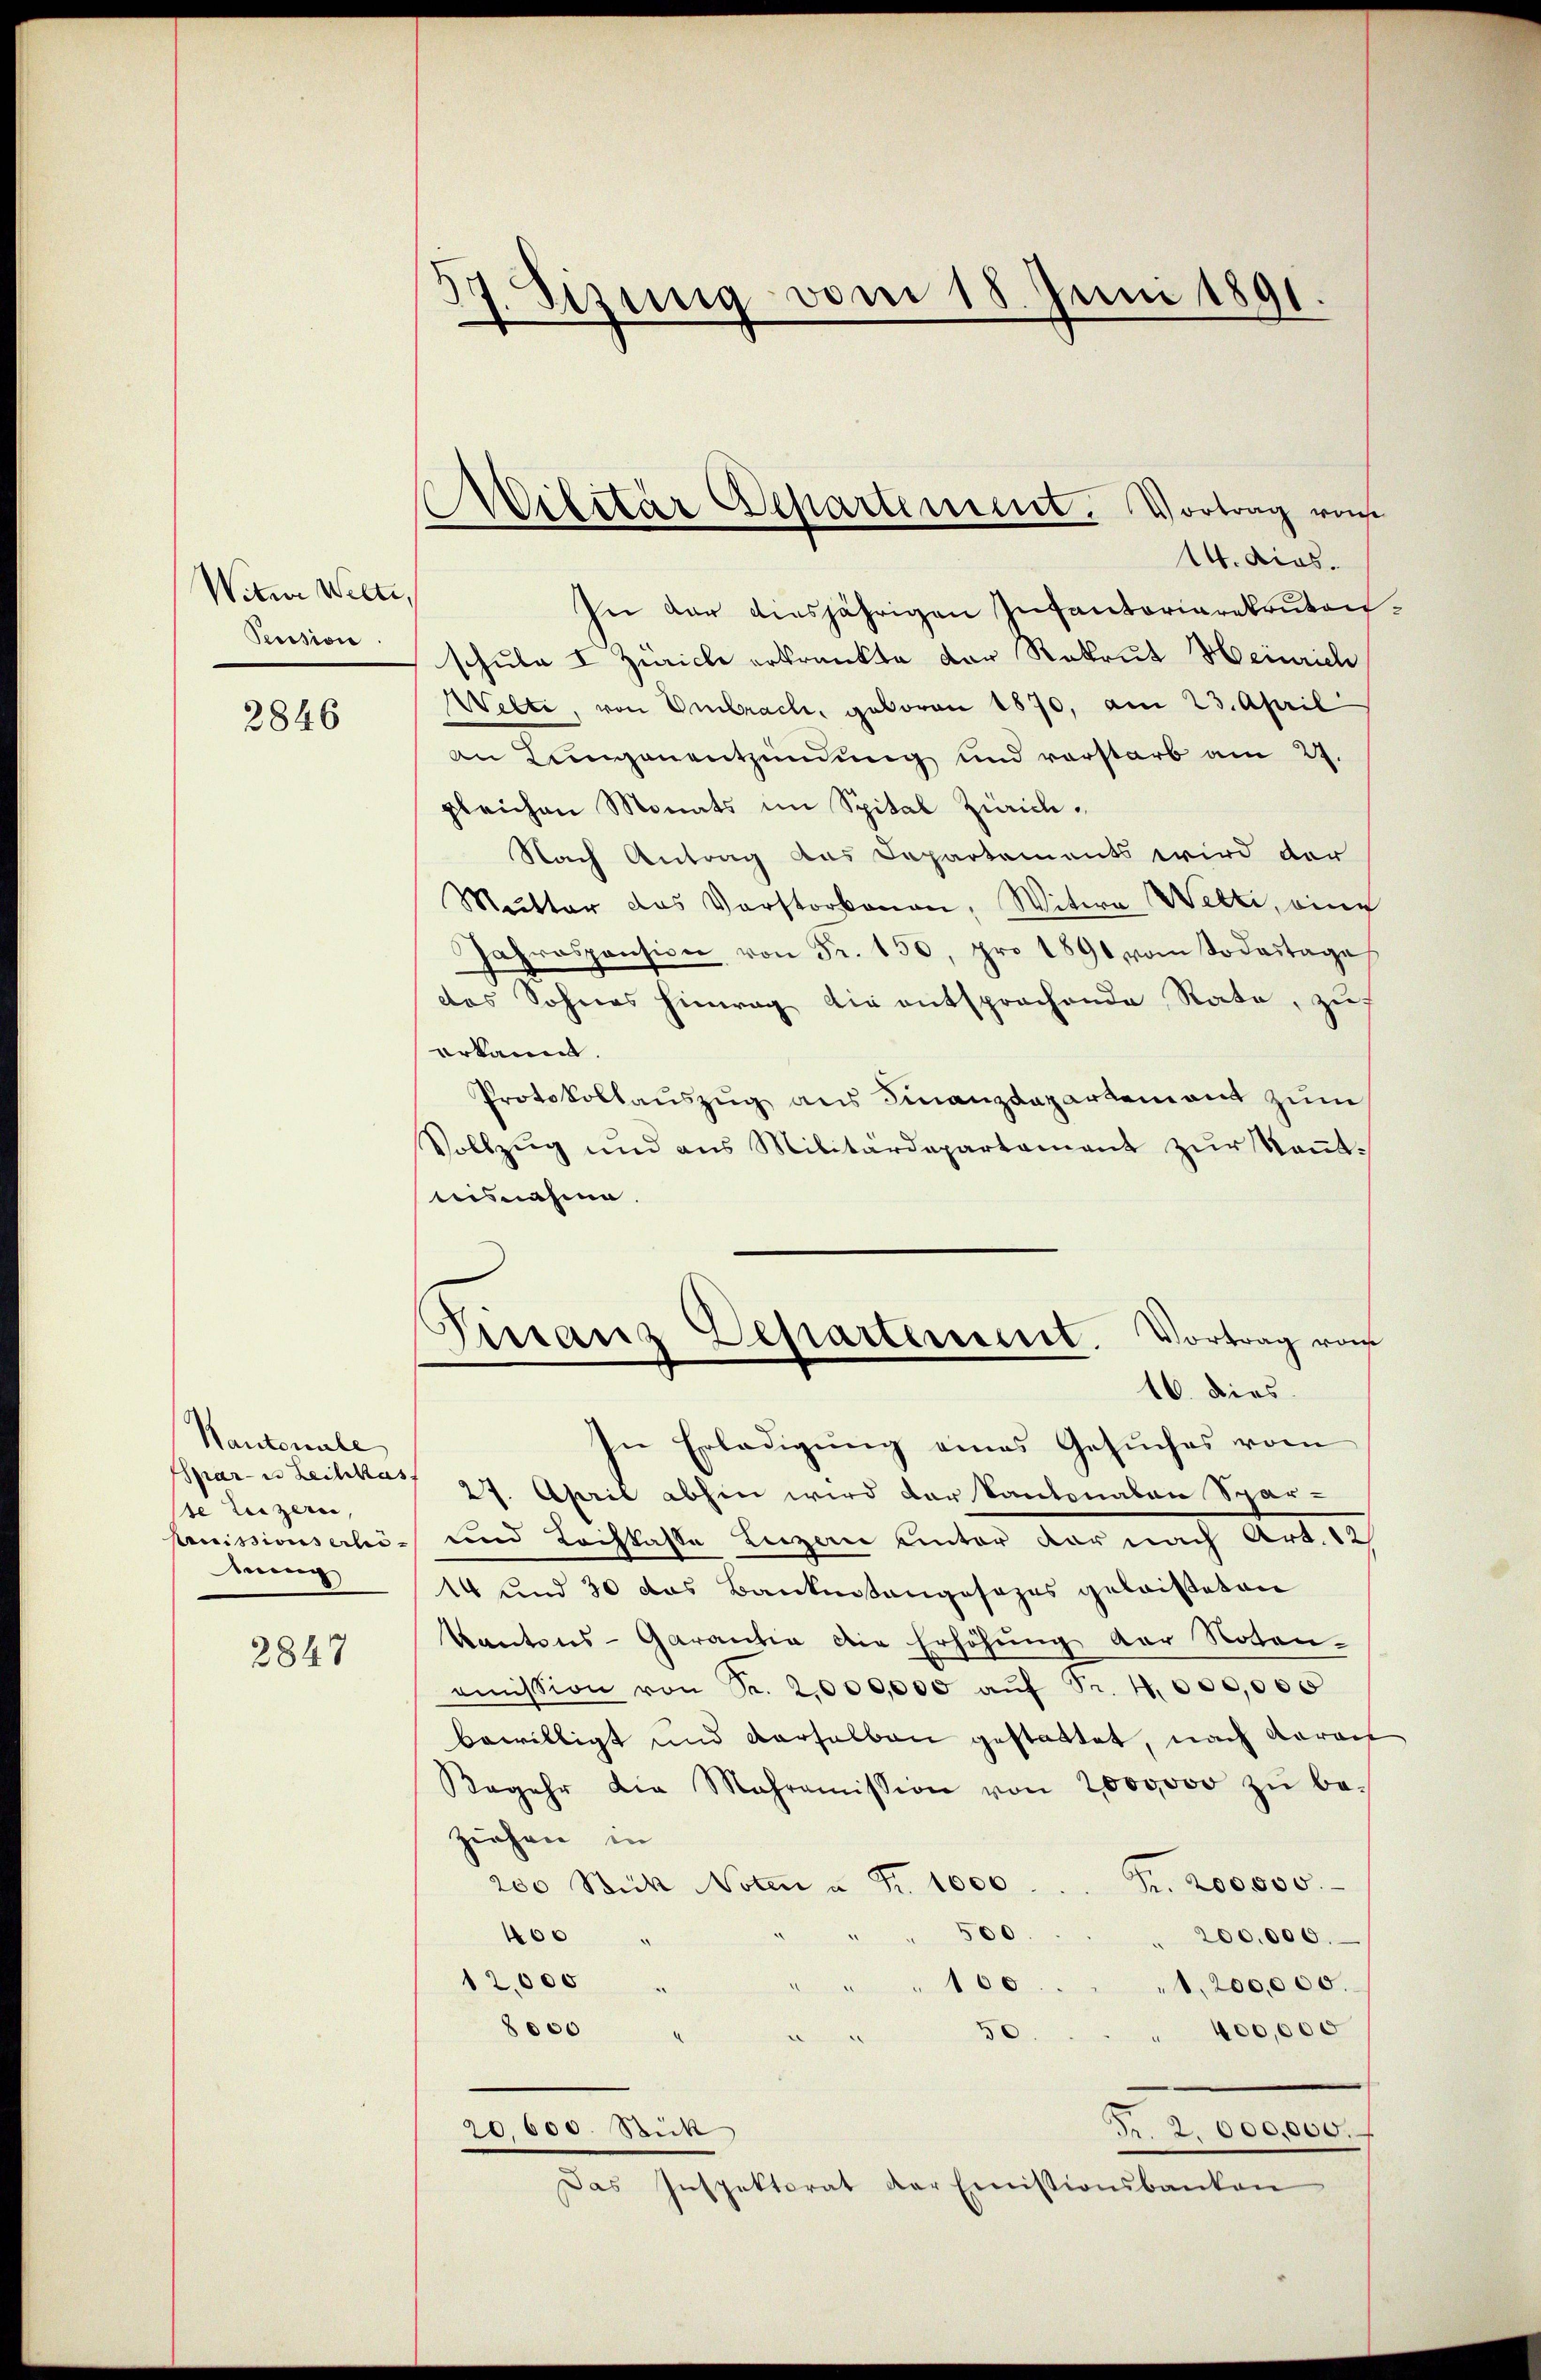
Witwe Welte,
Peussion.

2846

Wantonale
te Luzern,
hnung

2847

37. Sizung vom 18. Juni 1891.

D
Pilitär Separtement. Vortrag ruh

Pistanz Departement. Vortrag von
16. dies

14. dies.
In der diesjährigen Infantariarekruten
schule I Zürich erkrankte der Rekrut Heinrich
Webte, von Embrach, geboren 1870, am 23. April
an Lungenentzündung und vorstarb am 27.
gleichen Monats im Spital Zürich¬
Nach Antrag das Departements wird der
Mutter das Vorstorbenen, Witwe Wetti, eine
Jahrespension von Fr. 150, pro 1891 vom Sodartage
das Sohnes hinweg die entsprochende Rate, zu
erkannt.
Protokollauszug aus Finanzdepartement zum
Vollzug und aus Militärdepartement zur Kenntnisnahme.
In Erledigung eines Gesuches vom
Epar- u Leihkas 27. April abhin wird der Kantonalen Spar-
Permissionserhör und Tochtaste Luzerne unter dar nach Art. 12
14 und 30 das Bankenstangesezes gelaisteten
Kantons-Garantia die Erhöhung der Noten-
oṁission von Sr. 2,000,000 aŭf Fr. 4,000,000
bewilligt und Verselben gestattet, nach Aarau
Begehr die Mahroṁission von 2000000 zŭ be-
zeichen in
Fr. 200,000.
200 Stick Noten u Fr. 1000.
500
400
200,000.
12,000
1,200,000.
100.
8000
400,000
0
.
B. 2. 000,000.
20,000. Stick
Das Inspektorat der Emissionsbanken

2